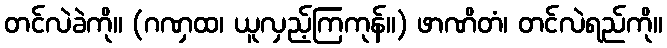
တင်လဲခဲကို။ (ဂဏှထ၊ ယူလှည့်ကြကုန်။) ဖာဏိတံ၊ တင်လဲရည်ကို။